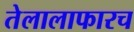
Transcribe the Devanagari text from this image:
तेलालाफारच